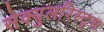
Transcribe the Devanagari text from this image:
सेक्युलरिस्ट्स